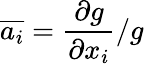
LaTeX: \overline{{a_{i}}}=\frac{\partial g}{\partial x_{i}}/g